Kambja_algkool, lk 57
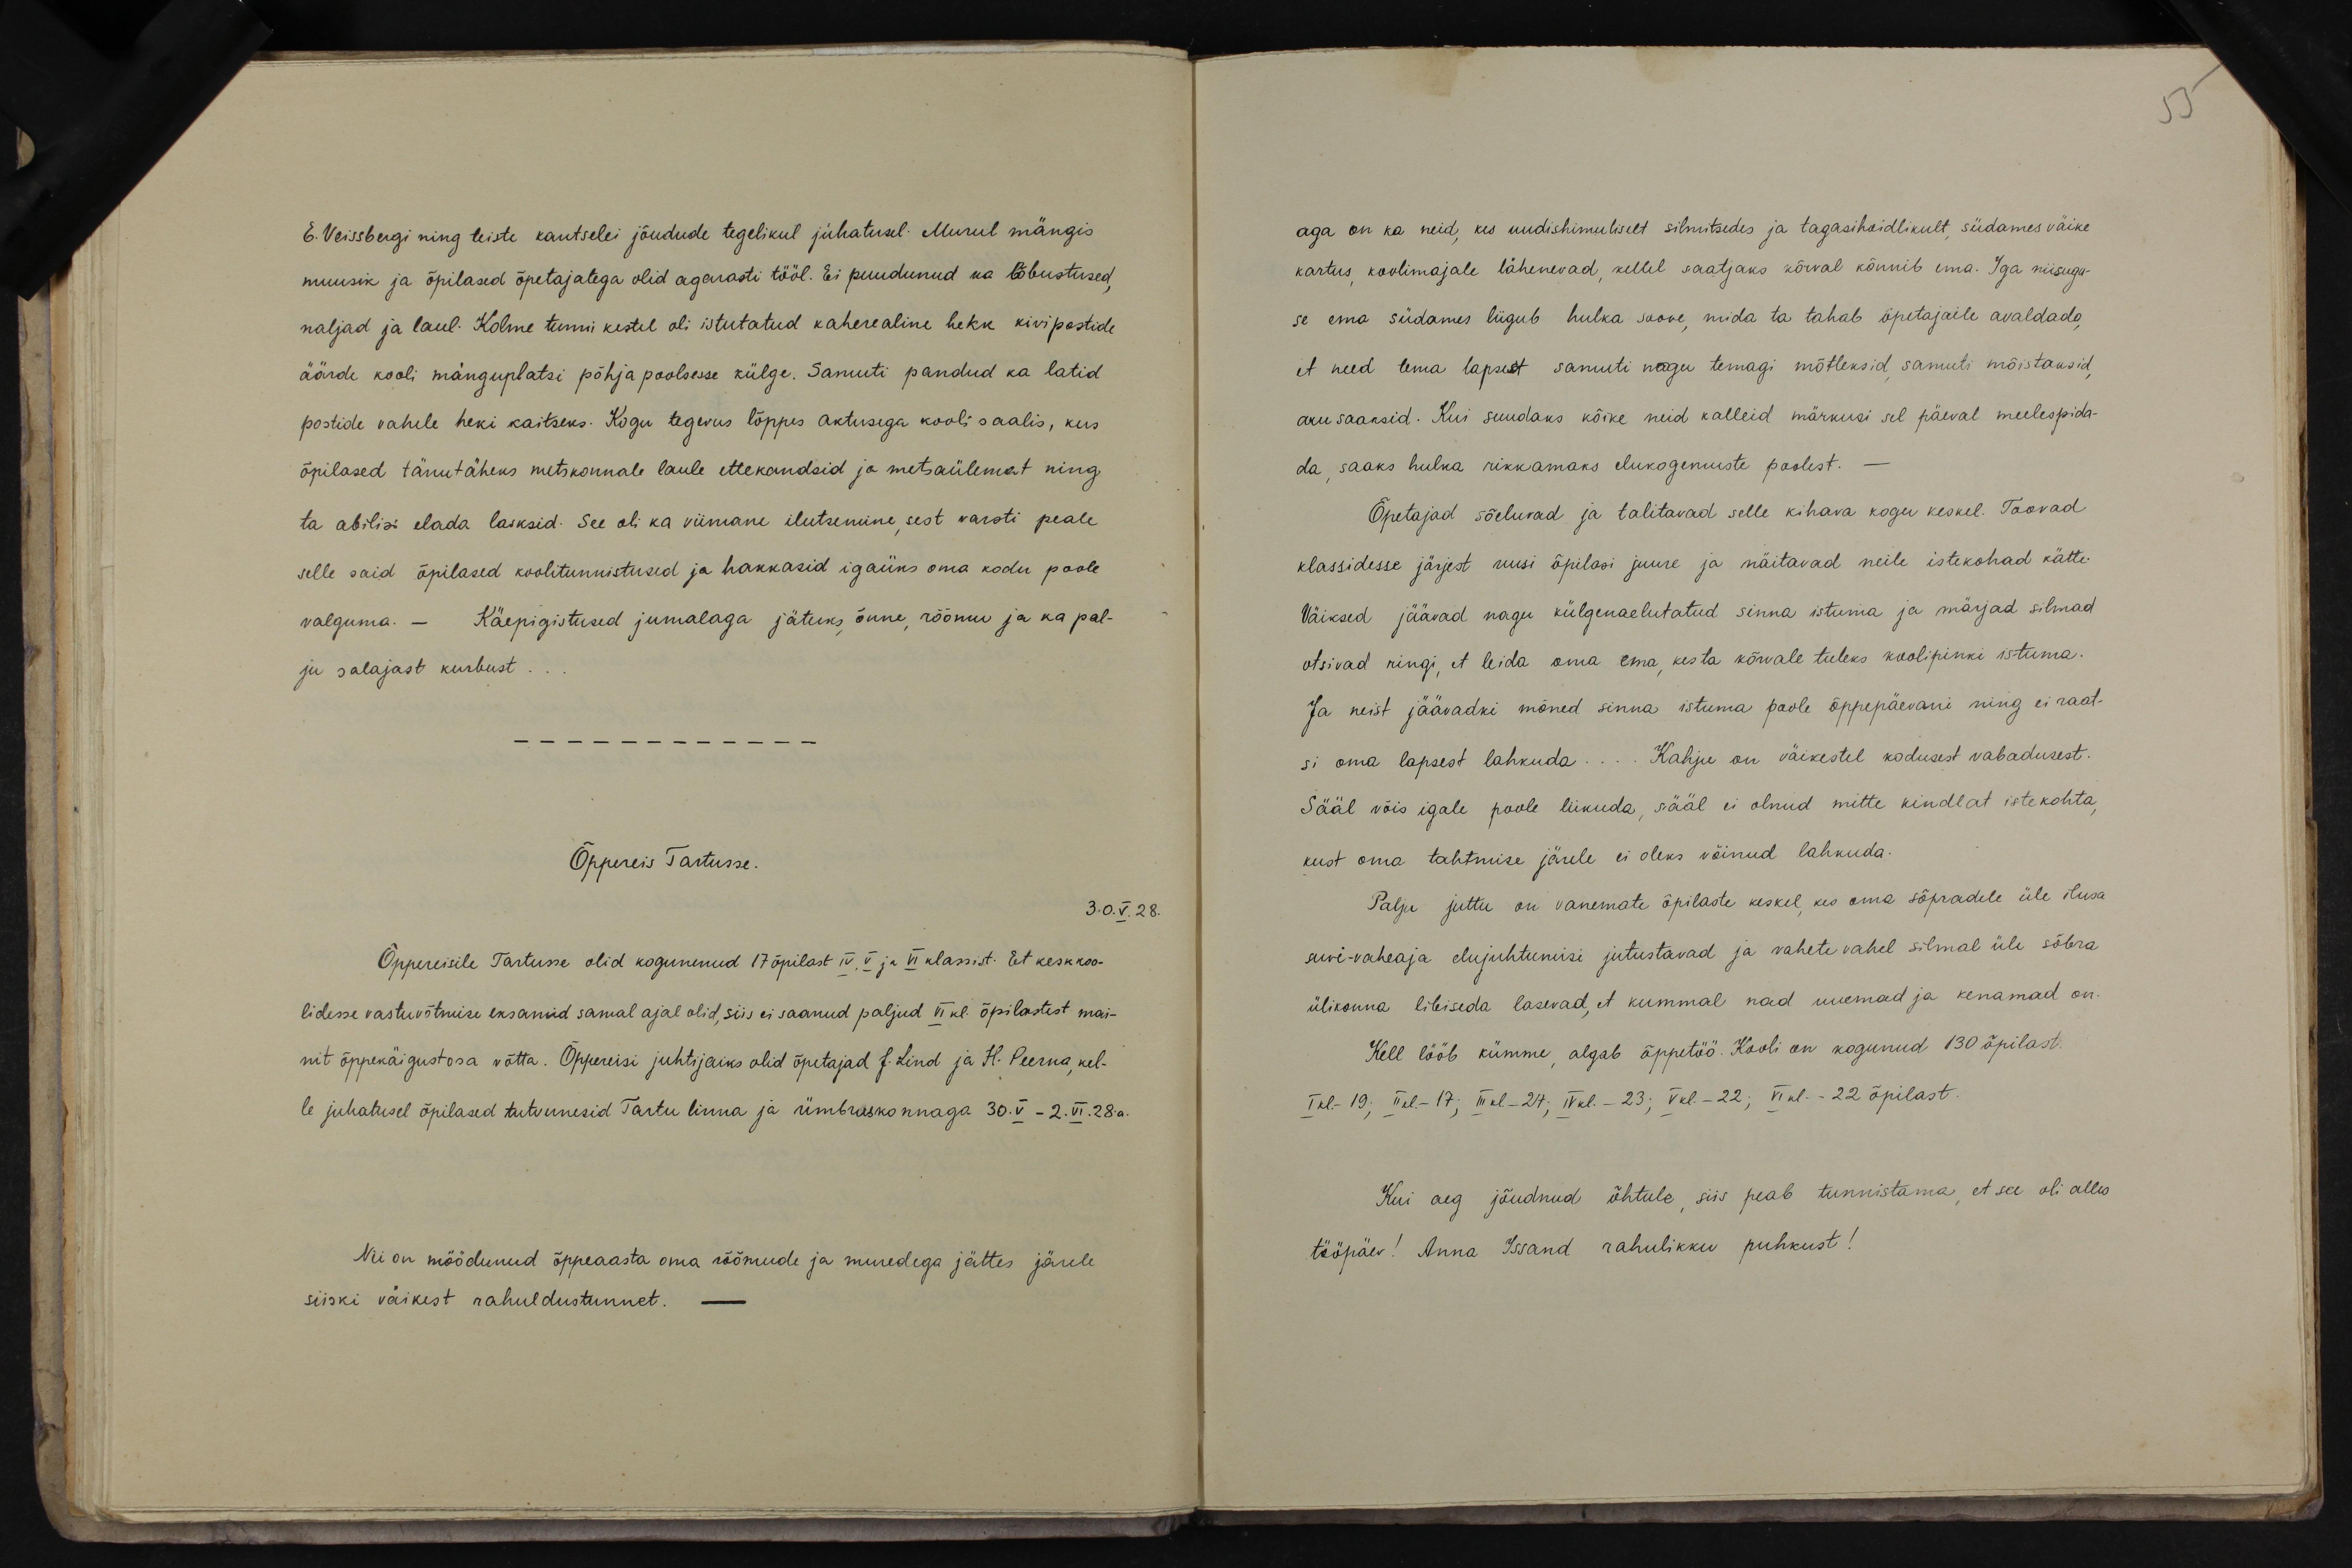
55

E. Veissbergi ning teiste kantselei jõudude tegelikul juhatusel. Murul mängis
muusik ja õpilased õpetajatega olid agarasti tööl. Ei puudunud ka lõbustused,
naljad ja laul. Kolme tunni kestel oli istutatud kaherealine hekk kivipostide
äärde kooli mänguplatsi põhja poolsesse külge. Samuti pandud ka latid
postide vahele heki kaitseks. Kogu tegevus lõppes aktusega kooli saalis, kus
õpilased tänutäheks metskonnale laule ettekandsid ja metsaülemat ning
ta abilisi elada lasksid. See oli ka viimane ilutsemine, sest varsti peale
selle said õpilased koolitunnistused ja hakkasid igaüks oma kodu poole.
valguma. - Käepigistused jumalaga jätuks, õnne, rõõmu ja ka pal-
ju salajast kurbust.
Õppereis Tartusse.
30.V.28.
Õppereisile Tartusse olid kogunenud 17 õpilast IV, V ja VI klassist. Et keskkoo-
lidesse vastuvõtmise eksamid samal ajal olid, siis ei saanud paljud VI kl. õpilastest mai-
nit õppekäigustosa võtta. Õppereisi juhtijaiks olid õpetajad J. Lind ja H. Peerna, kel-
le juhatusel õpilased tutvunesid Tartu linna ja ümbruskonnaga 30.V - 2.VI.28a.
Nii on möödunud õppeaasta oma rõõmude ja muredega jättes järele
siiski väikest rahuldustunnet. -

aga on ka neid, kes uudishimuliselt silmitsedes ja tagasihoidlikult südames väike
kartus koolimajale lähenevad, kellel saatjaks sõrval kõnnib ema. Iga niisugu-
se ema südames liigub hulka soove, mida ta tahab õpetajaile avaldada,
et need tema lapsest samuti nagu temagi mõtleksid, samuti mõistaksid.
aru saaksid. Kui suudaks kõike neid kalleid märkusi sel päeval meelespida-
da saaks hulka rikkamaks elukogemuste poolest.
Õpetajad sõeluvad ja talitavad selle kihava kogu keskel. Toovad
klassidesse järjest uusi õpilasi juure ja näitavad neile istekohad kätte.
Väiksed jäävad nagu külgenaelutatud sinna istuma ja märjad silmad
otsivad ringi, et leida oma ema kes ta kõrvale tuleks koolipinki istuma.
Ja neist jäävadki mõned sinna istuma poole õppepäevani ning ei raat-
si oma lapsest lahkuda... Kahju on väikestel kodusest vabadusest.
Sääl võis igale poole liikuda, sääd ei olnud mitte kindlat istekohta,
kust oma tahtmise järele ei oleks võinud lahkuda.
Palju juttu on vanemate õpilaste keskel, kes oma sõpradele üle ilusa
suvi-vaheaja elujuhtumisi jutustavad ja vahete vahel silmal üle sõbra
ülikonna libiseda lasevad, et kummal nad uuemad ja kenamad on.
Kell lööb kümme algab, õppetöö. Kooli on kogunud 130 õpilast.
I kl. - 19; II kl - 17; III -24; IV kl.-23; V kl.-22; VI kl -22 õpilast.
Kui aeg jõudnud õhtule, siis peab tunnistama, et see oli alles
tööpäev! Anna Issand rahulikku puhkust!